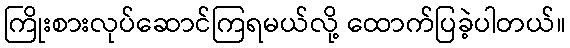
ကြိုးစားလုပ်ဆောင်ကြရမယ်လို့ ထောက်ပြခဲ့ပါတယ်။